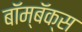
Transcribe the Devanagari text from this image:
बॉम्बॅक्स